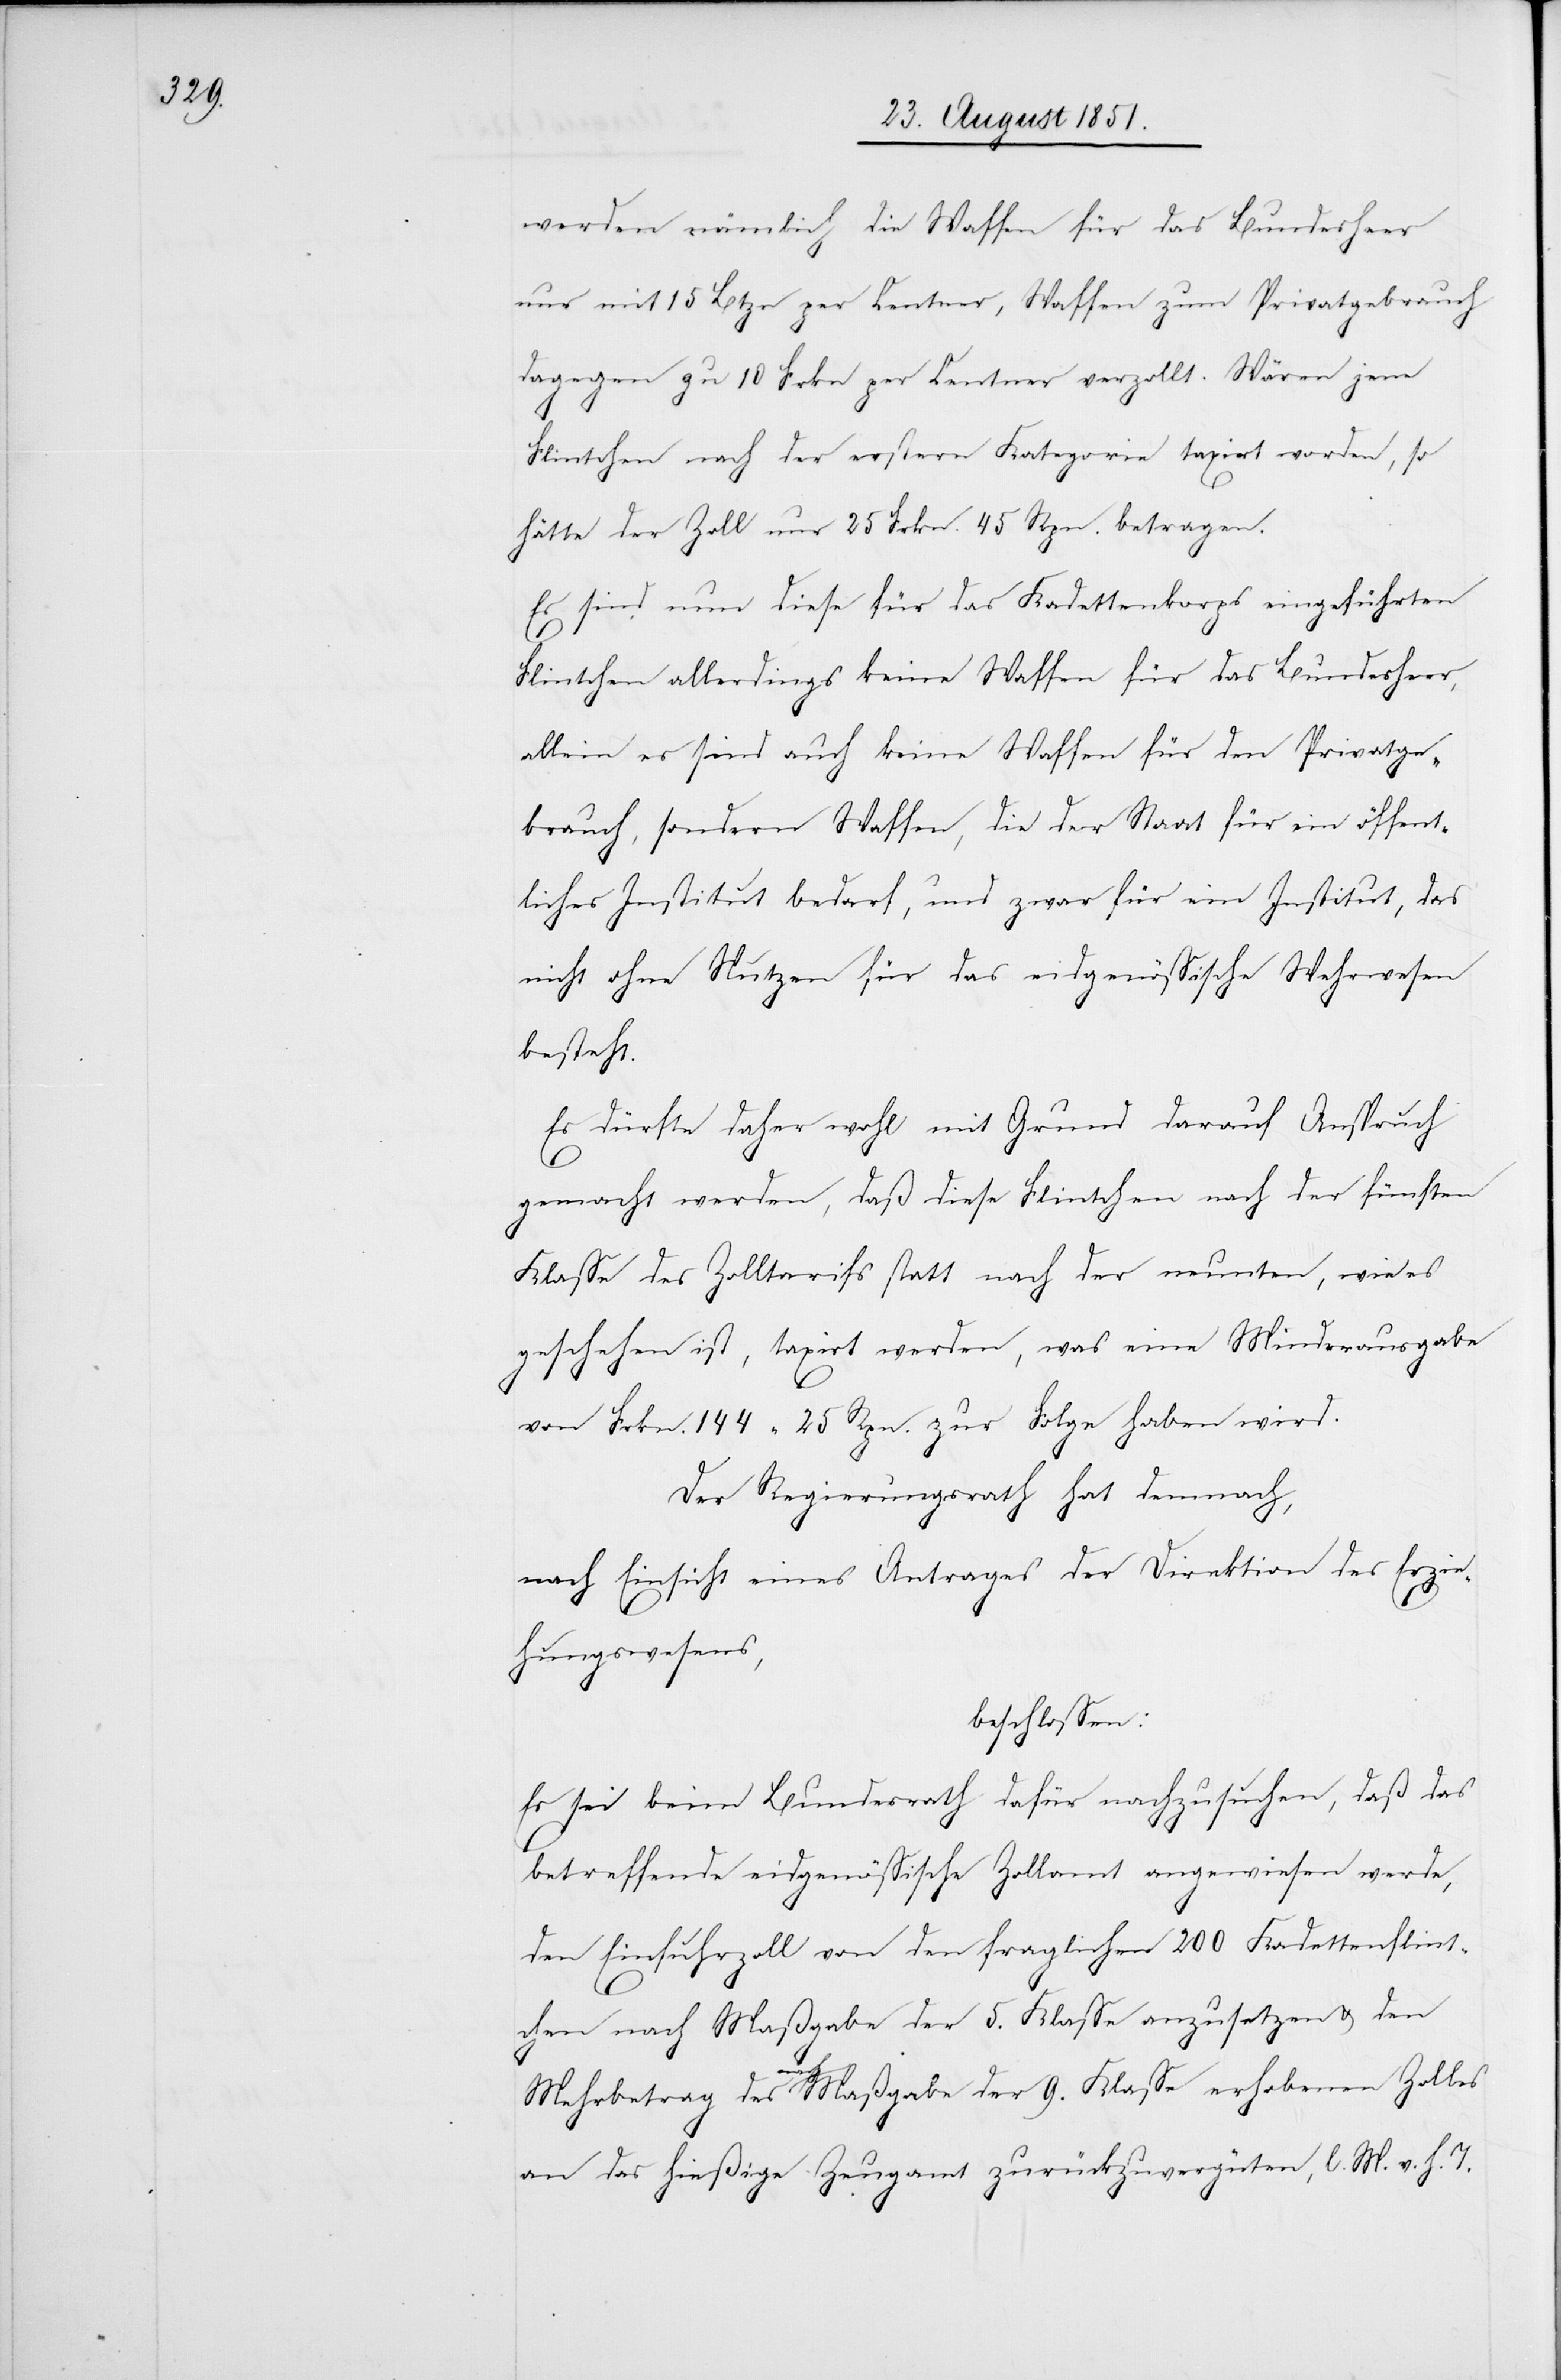
werden nämlich die Waffen für das Bundesheer
nur mit 15 Btzn per Centner, Waffen zum Privatgebrauch
dagegen zu 10 Frkn per Centner verzollt. Wären jene
Flintchen nach der erstern Kategorie taxirt worden, so
hätte der Zoll nur 25 Frkn. 45 Rpn. betragen.
Es sind nun diese für das Kadettenkorps eingeführten
Flintchen allerdings keine Waffen für das Bundesheer,
allein es sind auch keine Waffen für den Privatge¬
brauch, sondern Waffen, die der Staat für ein öffent¬
liches Institut bedarf, und zwar für ein Institut, das
nicht ohne Nutzen für das eidgenössische Wehrwesen
besteht.
Es dürfte daher wohl mit Grund darauf Anspruch
gemacht werden, daß diese Flintchen nach der fünften
Klasse des Zolltarifs statt nach der neunten, wie es
geschehen ist, taxirt werden, was eine Minderausgabe
von Frkn. 144 25 Rpn. zur Folge haben wird.
Der Regierungsrath hat demnach,
nach Einsicht eines Antrages der Direktion des Erzie¬
hungswesens,
beschlossen:
Es sei beim Bundesrath dafür nachzusuchen, daß das
betreffende eidgenössische Zollamt angewiesen werde,
den Einfuhrzoll von den fraglichen 200 Kadettenflint¬
chen nach Maßgabe der 5. Klasse anzusetzen & den
Mehrbetrag des nach Maßgabe der 9. Klasse erhobenen Zolles
an das hießige Zeugamt zurückzuvergüten, l. M. v. h. T.